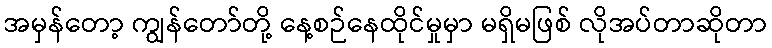
အမှန်တော့ ကျွန်တော်တို့ နေ့စဉ်နေထိုင်မှုမှာ မရှိမဖြစ် လိုအပ်တာဆိုတာ